Note on the mental hospitals in Burma - 1925-1940
Year: 1925
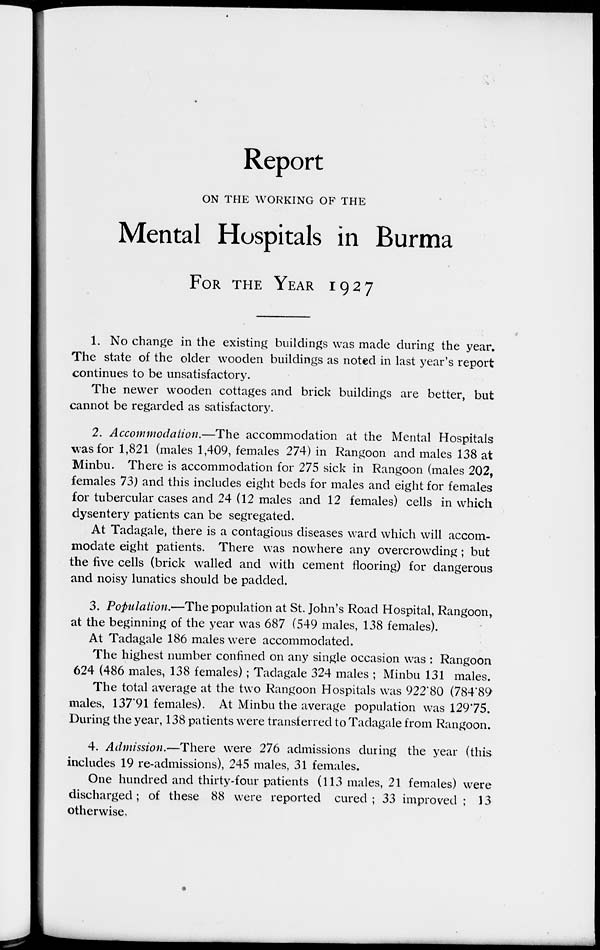
Report
ON THE WORKING OF THE
Mental Hospitals in Burma
FOR THE YEAR
1927
1. No change in the existing buildings was made during the year.
The state of the older wooden buildings a noted in last year's report
continues to be unsatisfactory.
The newer wooden cottages and brick buildings are better, but
cannot be regarded as satisfactory.
2. Accommodation.—The accommodation at the Mental Hospitals
was for 1,821 (males 1,409, females 274) in Rangoon and males 138 at
Minbu. There is accommodation for 275 sick in Rangoon (males 202,
females 73) and this includes eight beds for males and eight for females
for tubercular cases and 24 (12 males and 12 females) cells in which
dysentery patients can be segregated.
At Tadagale, there is a contagious diseases ward which will accom-
modate eight patients. There was nowhere any overcrowding; but
the five cells (brick walled and with cement flooring) for dangerous
and noisy lunatics should be padded.
3. Population,—The population at St. John's Road Hospital, Rangoon,
at the beginning of the year was 687 (549 males, 138 females).
At Tadagale 186 males were accommodated.
The highest number confined on any single occasion was : Rangoon
624 (486 males, 138 females); Tadagale 324 males ; Minbu 131 males.
The total average at the two Rangoon Hospitals was 922.80 (784.89
males, 137.91 females). At Minbu the average population was 129.75.
During the year, 138 patients were transferred to Tadagale from Rangoon.
4. Admission.—There were 276 admissions during the year (this
includes 19 re-admissions), 245 males, 31 females.
One hundred and thirty-four patients (113 males, 21 females) were
discharged; of these 88 were reported cured; 33 improved ; 13
otherwise.